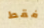
فقط